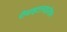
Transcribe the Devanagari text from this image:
रीवाइटलाइज़ेशन